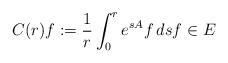
LaTeX: \begin{align*}C(r)f:=\frac1r \int_0^r e^{sA} f\, ds f\in E\end{align*}